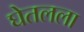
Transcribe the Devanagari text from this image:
घेतलला